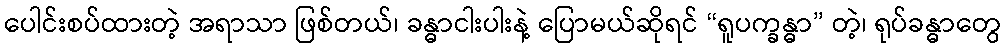
ပေါင်းစပ်ထားတဲ့ အရာသာ ဖြစ်တယ်၊ ခန္ဓာငါးပါးနဲ့ ပြောမယ်ဆိုရင် “ရူပက္ခန္ဓာ” တဲ့၊ ရုပ်ခန္ဓာတွေ